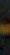
-